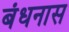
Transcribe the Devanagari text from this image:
बंधनास